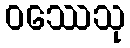
ဝဿေသု